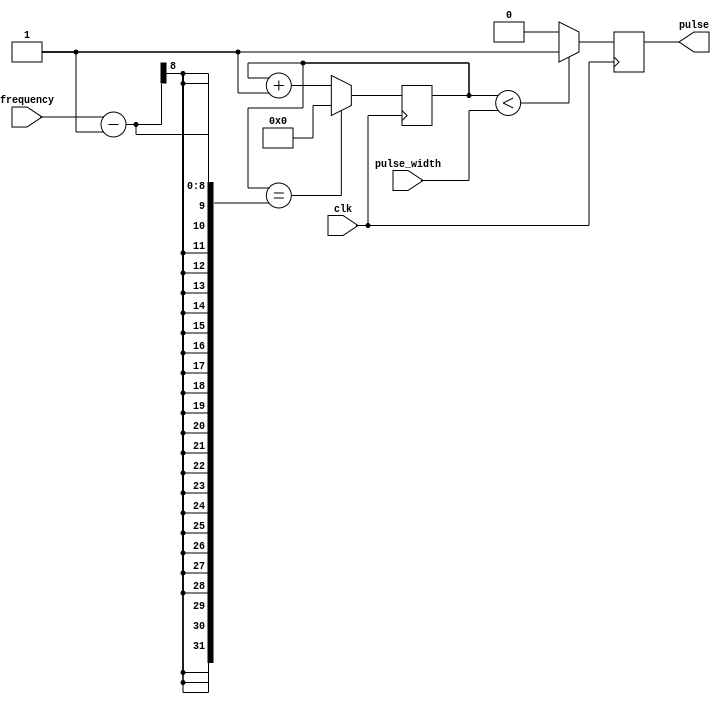
module SimplePulseGenerator (
    input wire clk, // Clock signal input
    input wire [7:0] pulse_width, // pulse width parameter
    input wire [7:0] frequency, // frequency parameter
    output reg pulse // Output pulse signal
);

reg [7:0] count;

always @(posedge clk) begin
    if (count < pulse_width) begin
        pulse <= 1'b1;
    end else begin
        pulse <= 1'b0;
    end

    if (count == frequency - 1) begin
        count <= 8'b0;
    end else begin
        count <= count + 1;
    end
end

endmodule